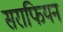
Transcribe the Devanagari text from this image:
सराफियन